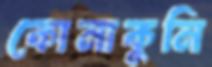
কোনাকুনি